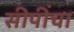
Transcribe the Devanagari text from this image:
सीपींचा